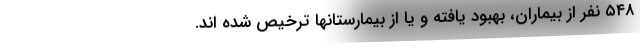
۵۴۸ نفر از بیماران، بهبود یافته و یا از بیمارستانها ترخیص شده اند.